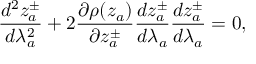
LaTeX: \frac { d ^ { 2 } z _ { a } ^ { \pm } } { d \lambda _ { a } ^ { 2 } } + 2 \frac { \partial \rho ( z _ { a } ) } { \partial z _ { a } ^ { \pm } } \frac { d z _ { a } ^ { \pm } } { d \lambda _ { a } } \frac { d z _ { a } ^ { \pm } } { d \lambda _ { a } } = 0 ,